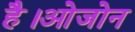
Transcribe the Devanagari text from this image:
है।ओजोन